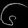
Digit: ၆